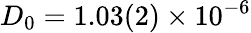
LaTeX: D_{0}=1.03(2)\times 10^{-6}